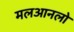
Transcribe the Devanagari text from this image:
मलआनलो